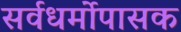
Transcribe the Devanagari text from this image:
सर्वधर्मोपासक